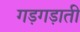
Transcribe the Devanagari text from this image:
गड़गड़ाती